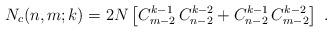
LaTeX: \begin{align*}N_c(n,m;k)=2N\left [C_{m-2}^{k-1}\, C_{n-2}^{k-2}+ C_{n-2}^{k-1}\, C_{m-2}^{k-2}\right ]\ . \end{align*}